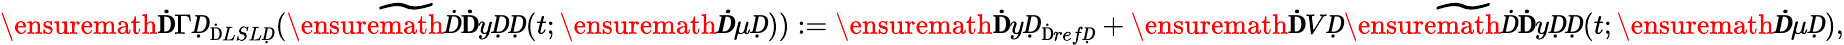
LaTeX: \ensuremath{\mathbf Ḋ\Gamma Ḍ}_{\mathrm{Ḋ}LSLḌ}(\widetilde{\ensuremath Ḋ\mathbf ḊyḌḌ}(t;\ensuremath{\boldsymbol Ḋ\mu Ḍ})):=\ensuremath{\mathbf ḊyḌ}_{\mathrm{Ḋ}refḌ}+\ensuremath{\mathbf ḊVḌ}\widetilde{\ensuremath Ḋ\mathbf ḊyḌḌ}(t;\ensuremath{\boldsymbol Ḋ\mu Ḍ}),